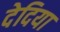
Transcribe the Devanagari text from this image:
देदिया